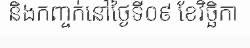
និងកញ្ចក់នៅថ្ងៃទី០៩ ខែវិច្ឆិកា